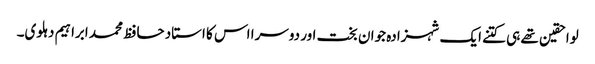
لواحقین تھے ہی کتنے ایک شہزادہ جوان بخت اور دوسرا اس کا استاد حافظ محمد ابراہیم دہلوی۔